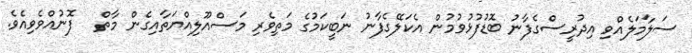
ސަލާމަލެއްވި އިދުރީސްގެފާނު ބޮޑުފުޅުވުމުން އެކަލޭގެފާނު ނަބީކަމުގެ މަތިވެރި މަސްއޫލިއްޔަތާއިގެން މާތް   ފޮނުއްވެވިއެވެ.